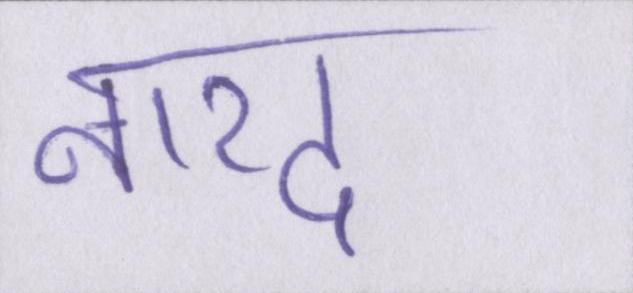
नारद